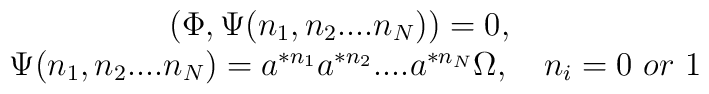
\begin{array}{c}\left( \Phi ,\Psi (n_{1},n_{2}....n_{N})\right) =0,\quad \\ \Psi (n_{1},n_{2}....n_{N})=a^{*n_{1}}a^{*n_{2}}....a^{*n_{N}}\Omega ,\quadn_{i}=0\ or\ 1\end{array}